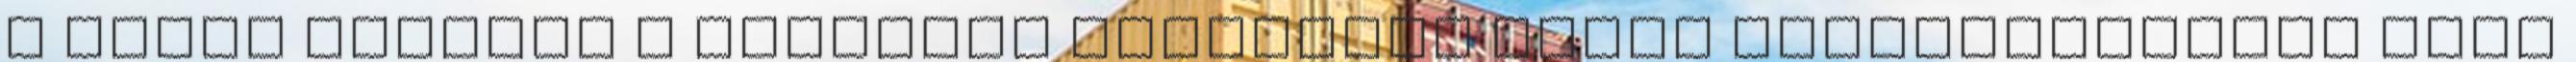
A telep nemcsak a fürdőzni vágyóknak nyújt kikapcsolódást több